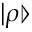
| \rho \rrangle